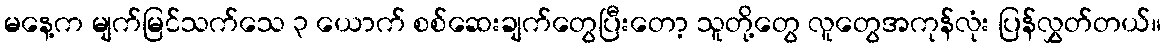
မနေ့က မျက်မြင်သက်သေ ၃ ယောက် စစ်ဆေးချက်တွေပြီးတော့ သူတို့တွေ လူတွေအကုန်လုံး ပြန်လွှတ်တယ်။